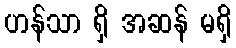
ဟန်သာ ရှိ အဆန် မရှိ